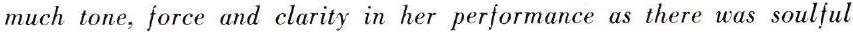
much tone, force and clarity in her performance as there was soulful